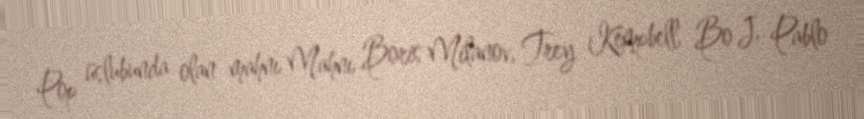
Pop üslubunda olan mahnı Mahnı Boris Milanov, Trey Kempbell, Bo J, Pablo